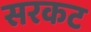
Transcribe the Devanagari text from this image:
सरकट